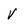
Character: v